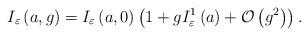
LaTeX: \begin{align*}I_{\varepsilon }\left( a,g\right) =I_{\varepsilon }\left( a,0\right) \left(1+gI_{\varepsilon }^{1}\left( a\right) +{\cal O}\left( g^{2}\right) \right) .\end{align*}